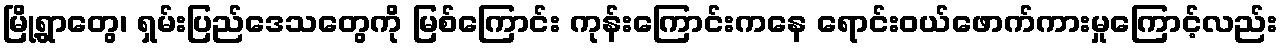
မြို့ရွာတွေ၊ ရှမ်းပြည်ဒေသတွေကို မြစ်ကြောင်း ကုန်းကြောင်းကနေ ရောင်းဝယ်ဖောက်ကားမှုကြောင့်လည်း